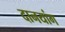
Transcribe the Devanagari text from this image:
दानयांग